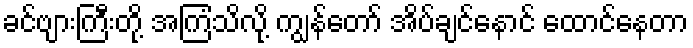
ခင်ဗျားကြီးတို့ အကြံသိလို့ ကျွန်တော် အိပ်ချင်နောင် ထောင်နေတာ